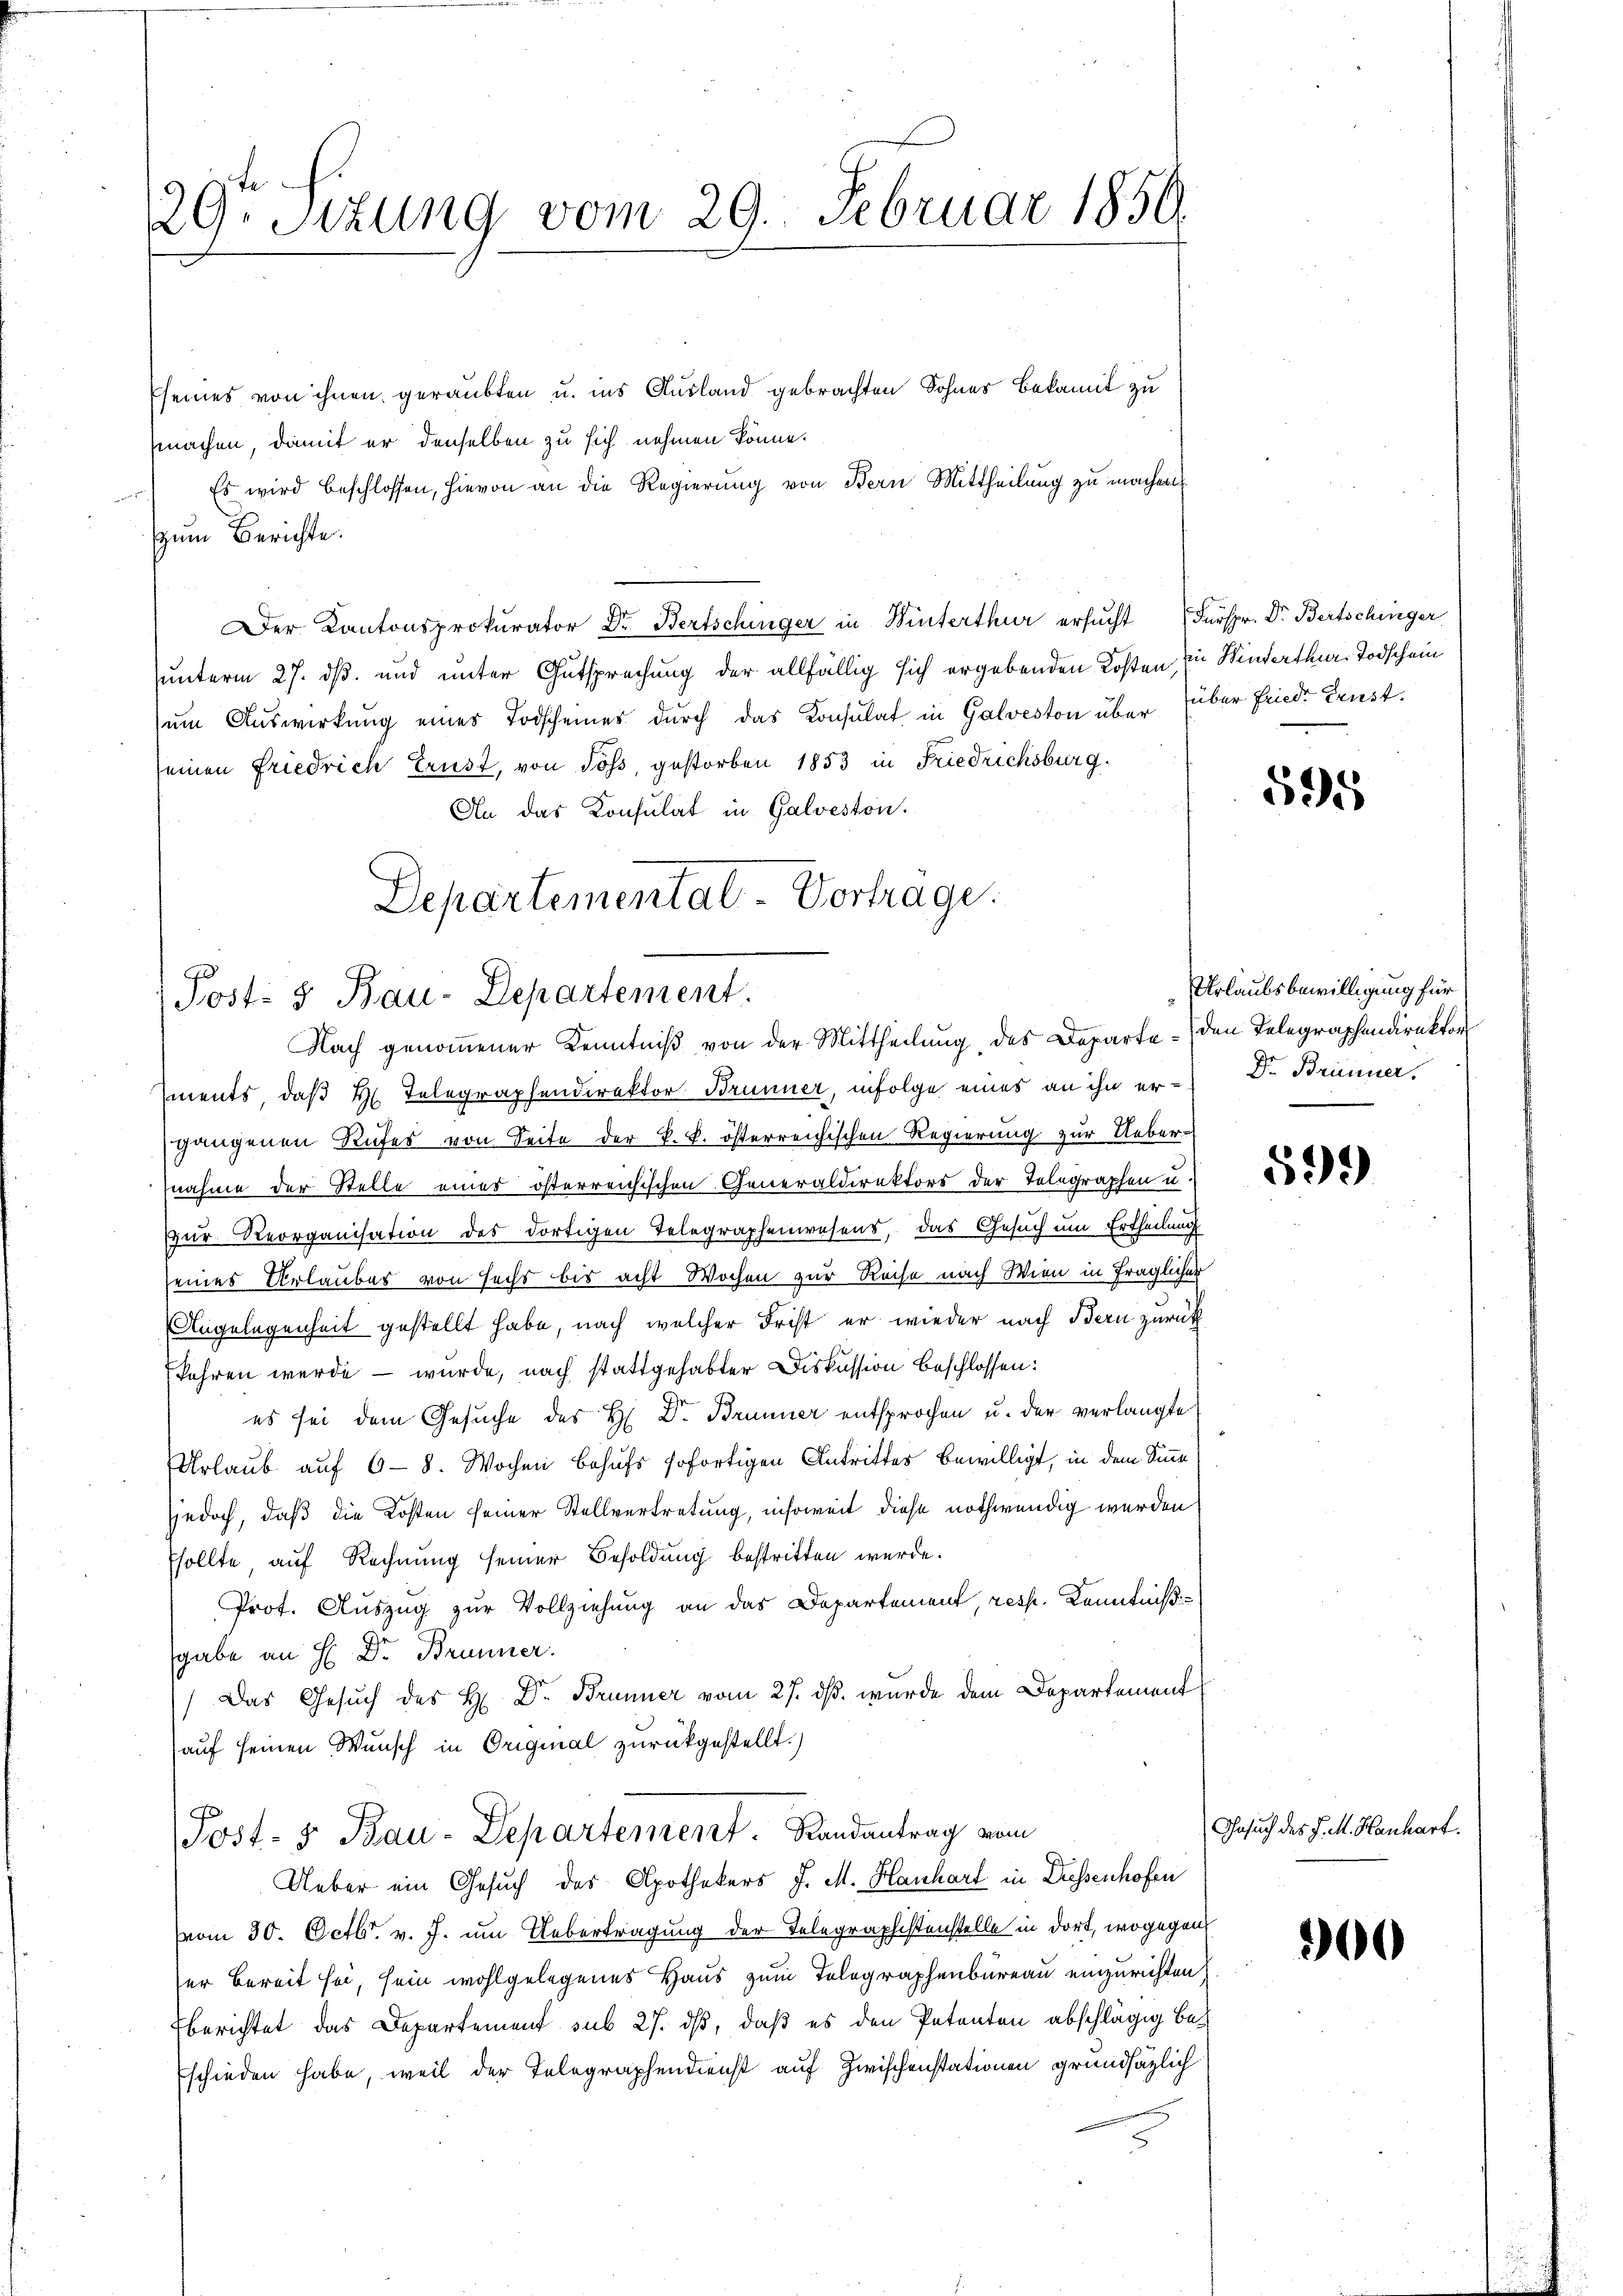
29. Sitzung vom 29. Februar 1850.

Eseines von ihnen geraubten u. ins Ausland gebrachten Sohnes Bekannt zu
machen, damit er denselben zu sich nehmen könne.
Es wird beschlossen, hievon an die Regierung von Bern Mittheilung zu machen
zum Berichte.
Der Kantonsprokurator Dr. Bertschinger in Winterthur ersŭcht Fürspr. Dr. Bertschinger
unterm 27. dß. und unter Gutsprechung der allfällig sich ergebenden Kosten zu Winterthur Todschein
um Auswirkung eines Todscheines durch das Konsulat in Galveston über über Fried. Ernst.
seinen Friedrich Ernst, von Soß, gestorben 1853 in Friedrichsburg
An das Konsulat in Galveston.
Departemental-Vortrage.

Post- & Bau-Departement.
Nach genommener Kenntniß von der Mittheilung des Departe den Telegraphendirektor

ments, daß H. Telegraphendirektor Brunner, infolge eines an ihn er- Dr. Brünner
gangenen Rufes von Seite der k. k. österreichischen Regierung zur Uebernahme der Stelle eines österreichischen Generaldirektors der Telegraphen u.
Zur Reorganisation des dortigen Telegraphenwesens, das Gesuch um Ertheilung
seines Urlaubes von sechs bis acht Wochen zur Roche nach Wien in fraglicher
Angelegenheit gestellt habe, nach welcher Frist er wieder nach Bern zurück
fahren werde – wurde, nach stattgehabter Diskussion beschlossen:
es sei dem Gesuche des H. Dr. Brunner entsprochen u. der verlangte
Urlaub auf 6 - 8. Wochen Behufs sofortigen Antrittes bewilligt, in dem Sinne
sjedoch, daß die Kosten seiner Stellvertretung, insoweit diese nothwendig werden
Esollte, auf Rechnung seiner Besoldung bestritten wurde.
Prot. Auszug zur Vollziehung an das Departement, resp. Kenntnißgabe an H. Dr. Brunner.
) Das Gesŭch des H. Dr. Brunner vom 27. dβ. wurde dem Departement
auf seinen Wunsch in Original zurückgestellt.)
Post- 5. Bau-Departement. Randantrag vom
Ueber ein Gesuch des Apothekers J. M. Hanhart in Dressenhofen
vom 30. Octbr. v. J. um Uebertragung der Telegraphistenstelle in dort, wogegen
ser bereit sei, sein wohlgelegenes Haus zum Telegraphenbureau einzurichten,
berichtet das Departement sub 27. ds, daß es den Petenten abschlägig beschieden habe, weil der Telegraphendienst auf Zwischenstationen grundsätzlich

595

Urlaubsbewilligung für

599

Gesuch des J. M. Hanhart.

300